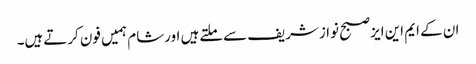
ان کے ایم این ایزصبح نوازشریف سےملتےہیں اورشام ہمیں فون کرتےہیں۔